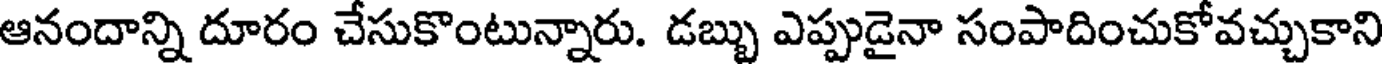
ఆనందాన్ని దూరం చేసుకొంటున్నారు. డబ్బు ఎప్పుడైనా సంపాదించుకోవచ్చుకాని